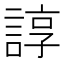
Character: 諄